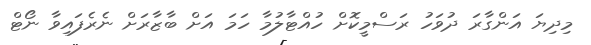
މިދިޔަ އަންގާރަ ދުވަހު ރަސްމީކޮށް ހުއްޓާލުމާ ހަމަ އަށް ބާޒާރަށް ނެރެފައިވާ ނޯޓް